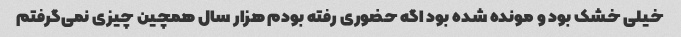
خیلی خشک بود و مونده شده بود اگه حضوری رفته بودم هزار سال همچین چیزی نمی‌گرفتم